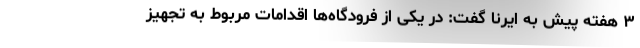
۳ هفته پیش به ایرنا گفت: در یکی از فرودگاه‌ها اقدامات مربوط به تجهیز